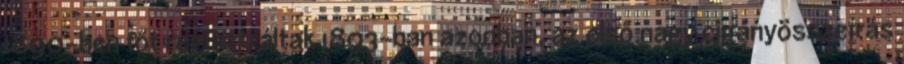
1890-ben főt regisztráltak 1893-ban azonban, az első nagy cigányösszeírás